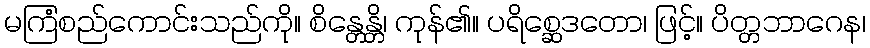
မကြံစည်ကောင်းသည်ကို။ စိန္တေန္တိ၊ ကုန်၏။ ပရိစ္ဆေဒတော၊ ဖြင့်။ ပိတ္တဘာဂေန၊